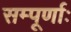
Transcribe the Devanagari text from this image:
सम्पूर्णाः